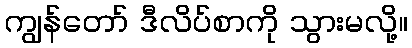
ကျွန်တော် ဒီလိပ်စာကို သွားမလို့။